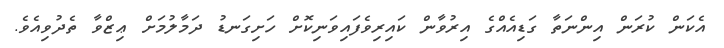
އެކަން ކުރަން އިންނަތާ ގަޑިއެއްގެ އިރުވާން ކައިރިވެފައިވަނިކޮށް ހަށިގަނޑު ދަމާލުމަށް ޢިޒްވާ ތެދުވިއެވެ.